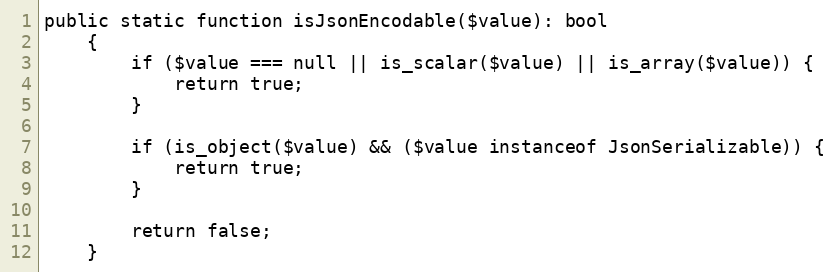
Language: PHP
public static function isJsonEncodable($value): bool
    {
        if ($value === null || is_scalar($value) || is_array($value)) {
            return true;
        }

        if (is_object($value) && ($value instanceof JsonSerializable)) {
            return true;
        }

        return false;
    }